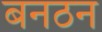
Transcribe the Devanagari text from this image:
बनठन